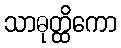
သာဓုတ္ထိကော